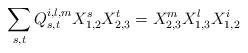
LaTeX: \begin{align*}\sum_{s,t}Q^{i,l,m}_{s,t}X^{s}_{1,2}X^{t}_{2,3}=X^{m}_{2,3}X^l_{1,3}X^{i}_{1,2}\end{align*}